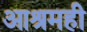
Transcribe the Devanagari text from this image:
आश्रमही